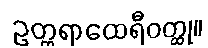
ဥတ္တရာထေရီဝတ္ထု။